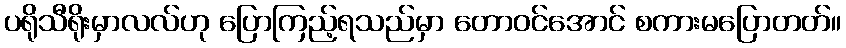
ပရိုသီရိုးမှာလလ်ဟု ပြောကြည့်ရသည်မှာ တောဝင်အောင် စကားမပြောတတ်။